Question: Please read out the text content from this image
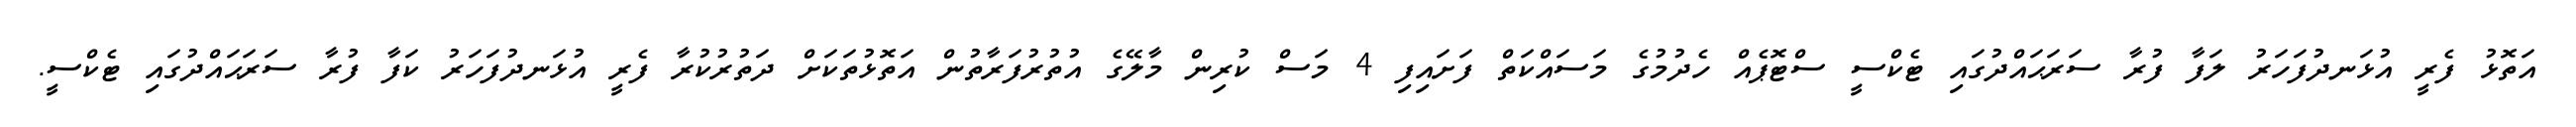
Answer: އަތޮޅު ފެރީ އުޅަނދުފަހަރު ލަފާ ފުރާ ސަރަޙައްދުގައި ޓެކްސީ ސްޓޮޕެއް ހެދުމުގެ މަސައްކަތް ފަށައިފި 4 މަސް ކުރިން މާލޭގެ އުތުރުފަރާތުން އަތޮޅުތަކަށް ދަތުރުކުރާ ފެރީ އުޅަނދުފަހަރު ކަފާ ފުރާ ސަރަޙައްދުގައި ޓެކްސީ.